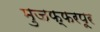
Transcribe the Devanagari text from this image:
मुजफ्फरपूर